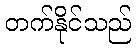
တက်နိုင်သည်